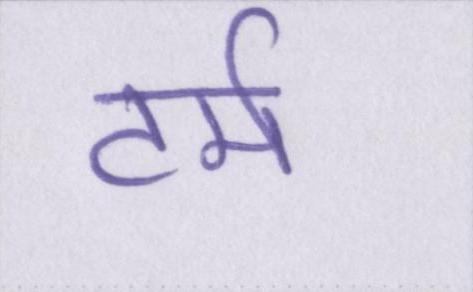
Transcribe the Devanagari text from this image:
टर्म